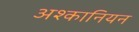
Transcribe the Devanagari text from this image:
अश्कानियन